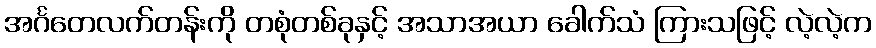
အင်္ဂတေလက်တန်းကို တစုံတစ်ခုနှင့် အသာအယာ ခေါက်သံ ကြားသဖြင့် လဲ့လဲ့က